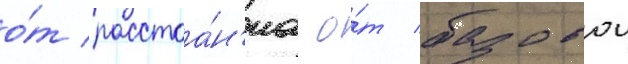
о́т расстоа́н'иа о́т базовои